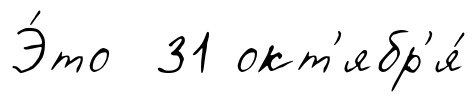
Э́то 31 окт'ябр'я́